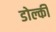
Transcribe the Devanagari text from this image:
डोल्की